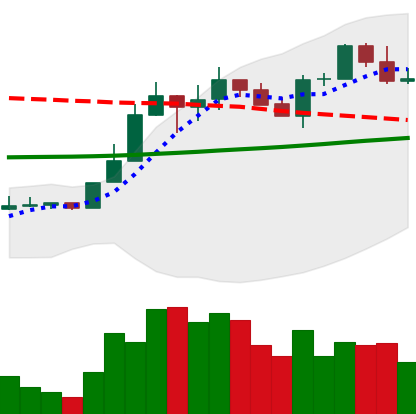
Ticker: LINK-USD
Chart end date: 2020-04-21
Forward return: 6.918%
Label: up_5_7